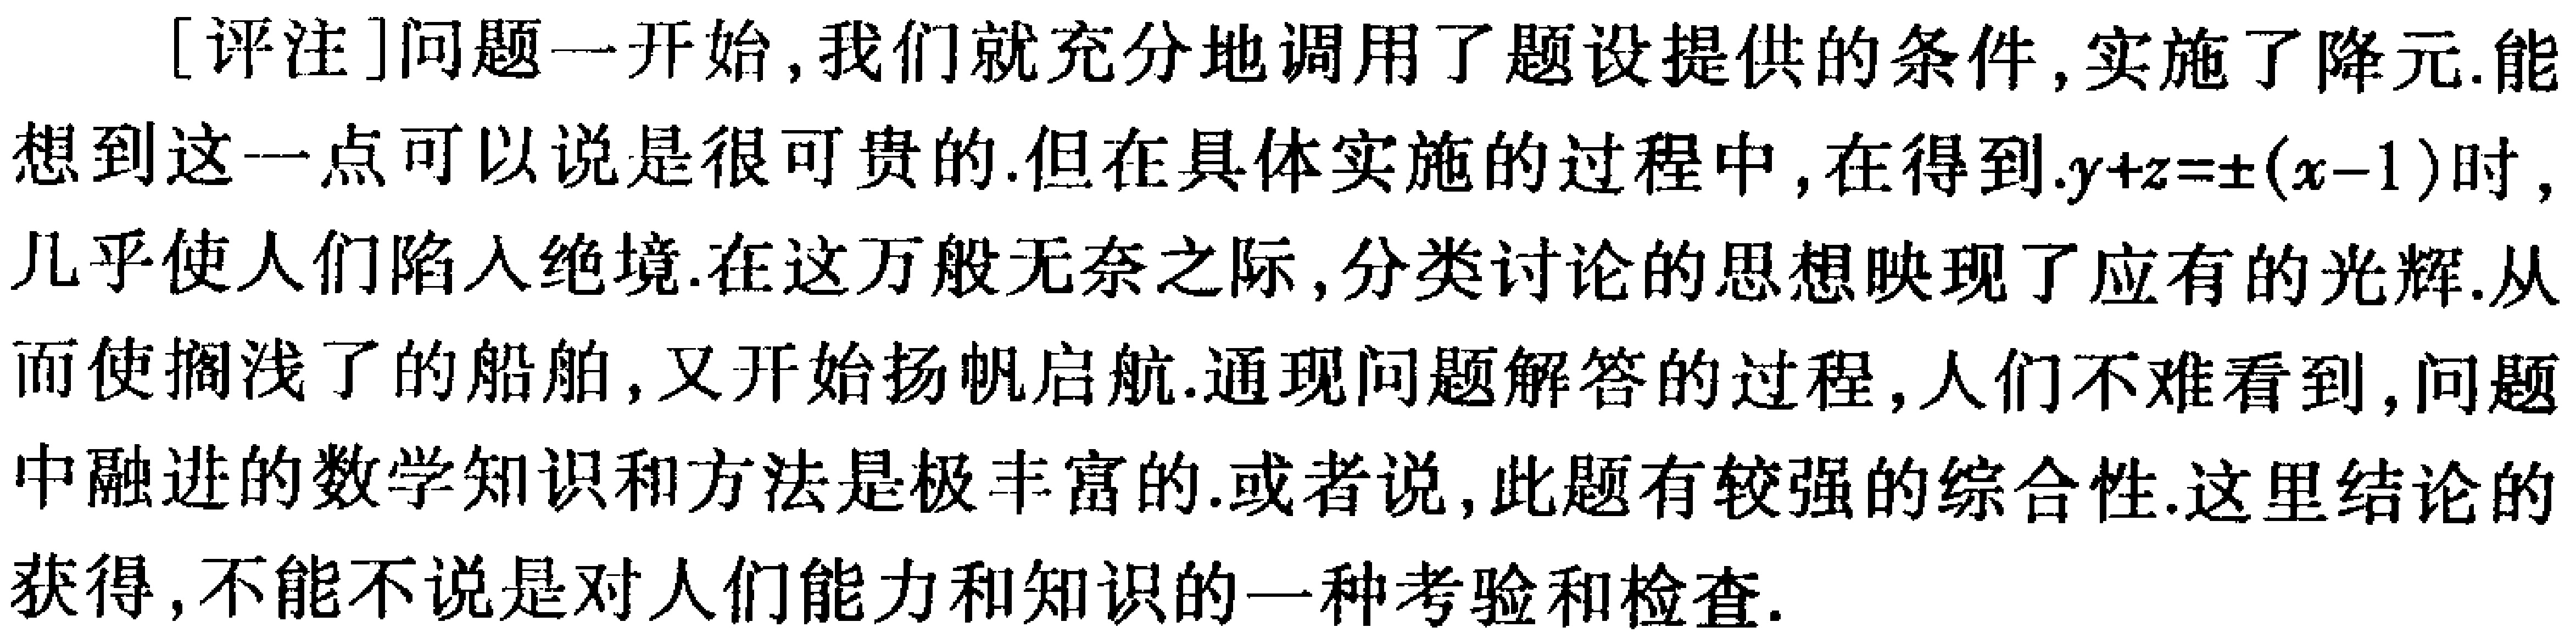
[评注]问题一开始，我们就充分地调用了题设提供的条件，实施了降元.能想到这一点可以说是很可贵的.但在具体实施的过程中，在得到.$y + z=\pm(x - 1)$时，几乎使人们陷入绝境.在这万般无奈之际，分类讨论的思想映现了应有的光辉.从而使搁浅了的船舶，又开始扬帆启航.通现问题解答的过程，人们不难看到，问题中融进的数学知识和方法是极丰富的.或者说，此题有较强的综合性.这里结论的获得，不能不说是对人们能力和知识的一种考验和检查.